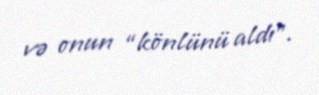
və onun “könlünü aldı”.